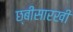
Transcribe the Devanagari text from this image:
छ्बीसारखी